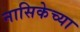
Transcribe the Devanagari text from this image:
नासिकेच्या